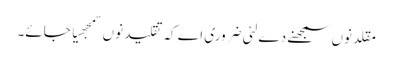
مقلد نو‏‏ں سمجھنے دے لئی ضروری اے کہ تقلید نو‏‏ں سمجھیا جائے۔